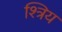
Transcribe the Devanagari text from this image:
श्त्रिय